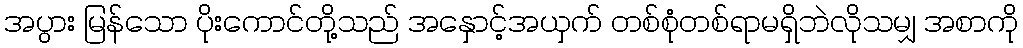
အပွား မြန်သော ပိုးကောင်တို့သည် အနှောင့်အယှက် တစ်စုံတစ်ရာမရှိဘဲလိုသမျှ အစာကို